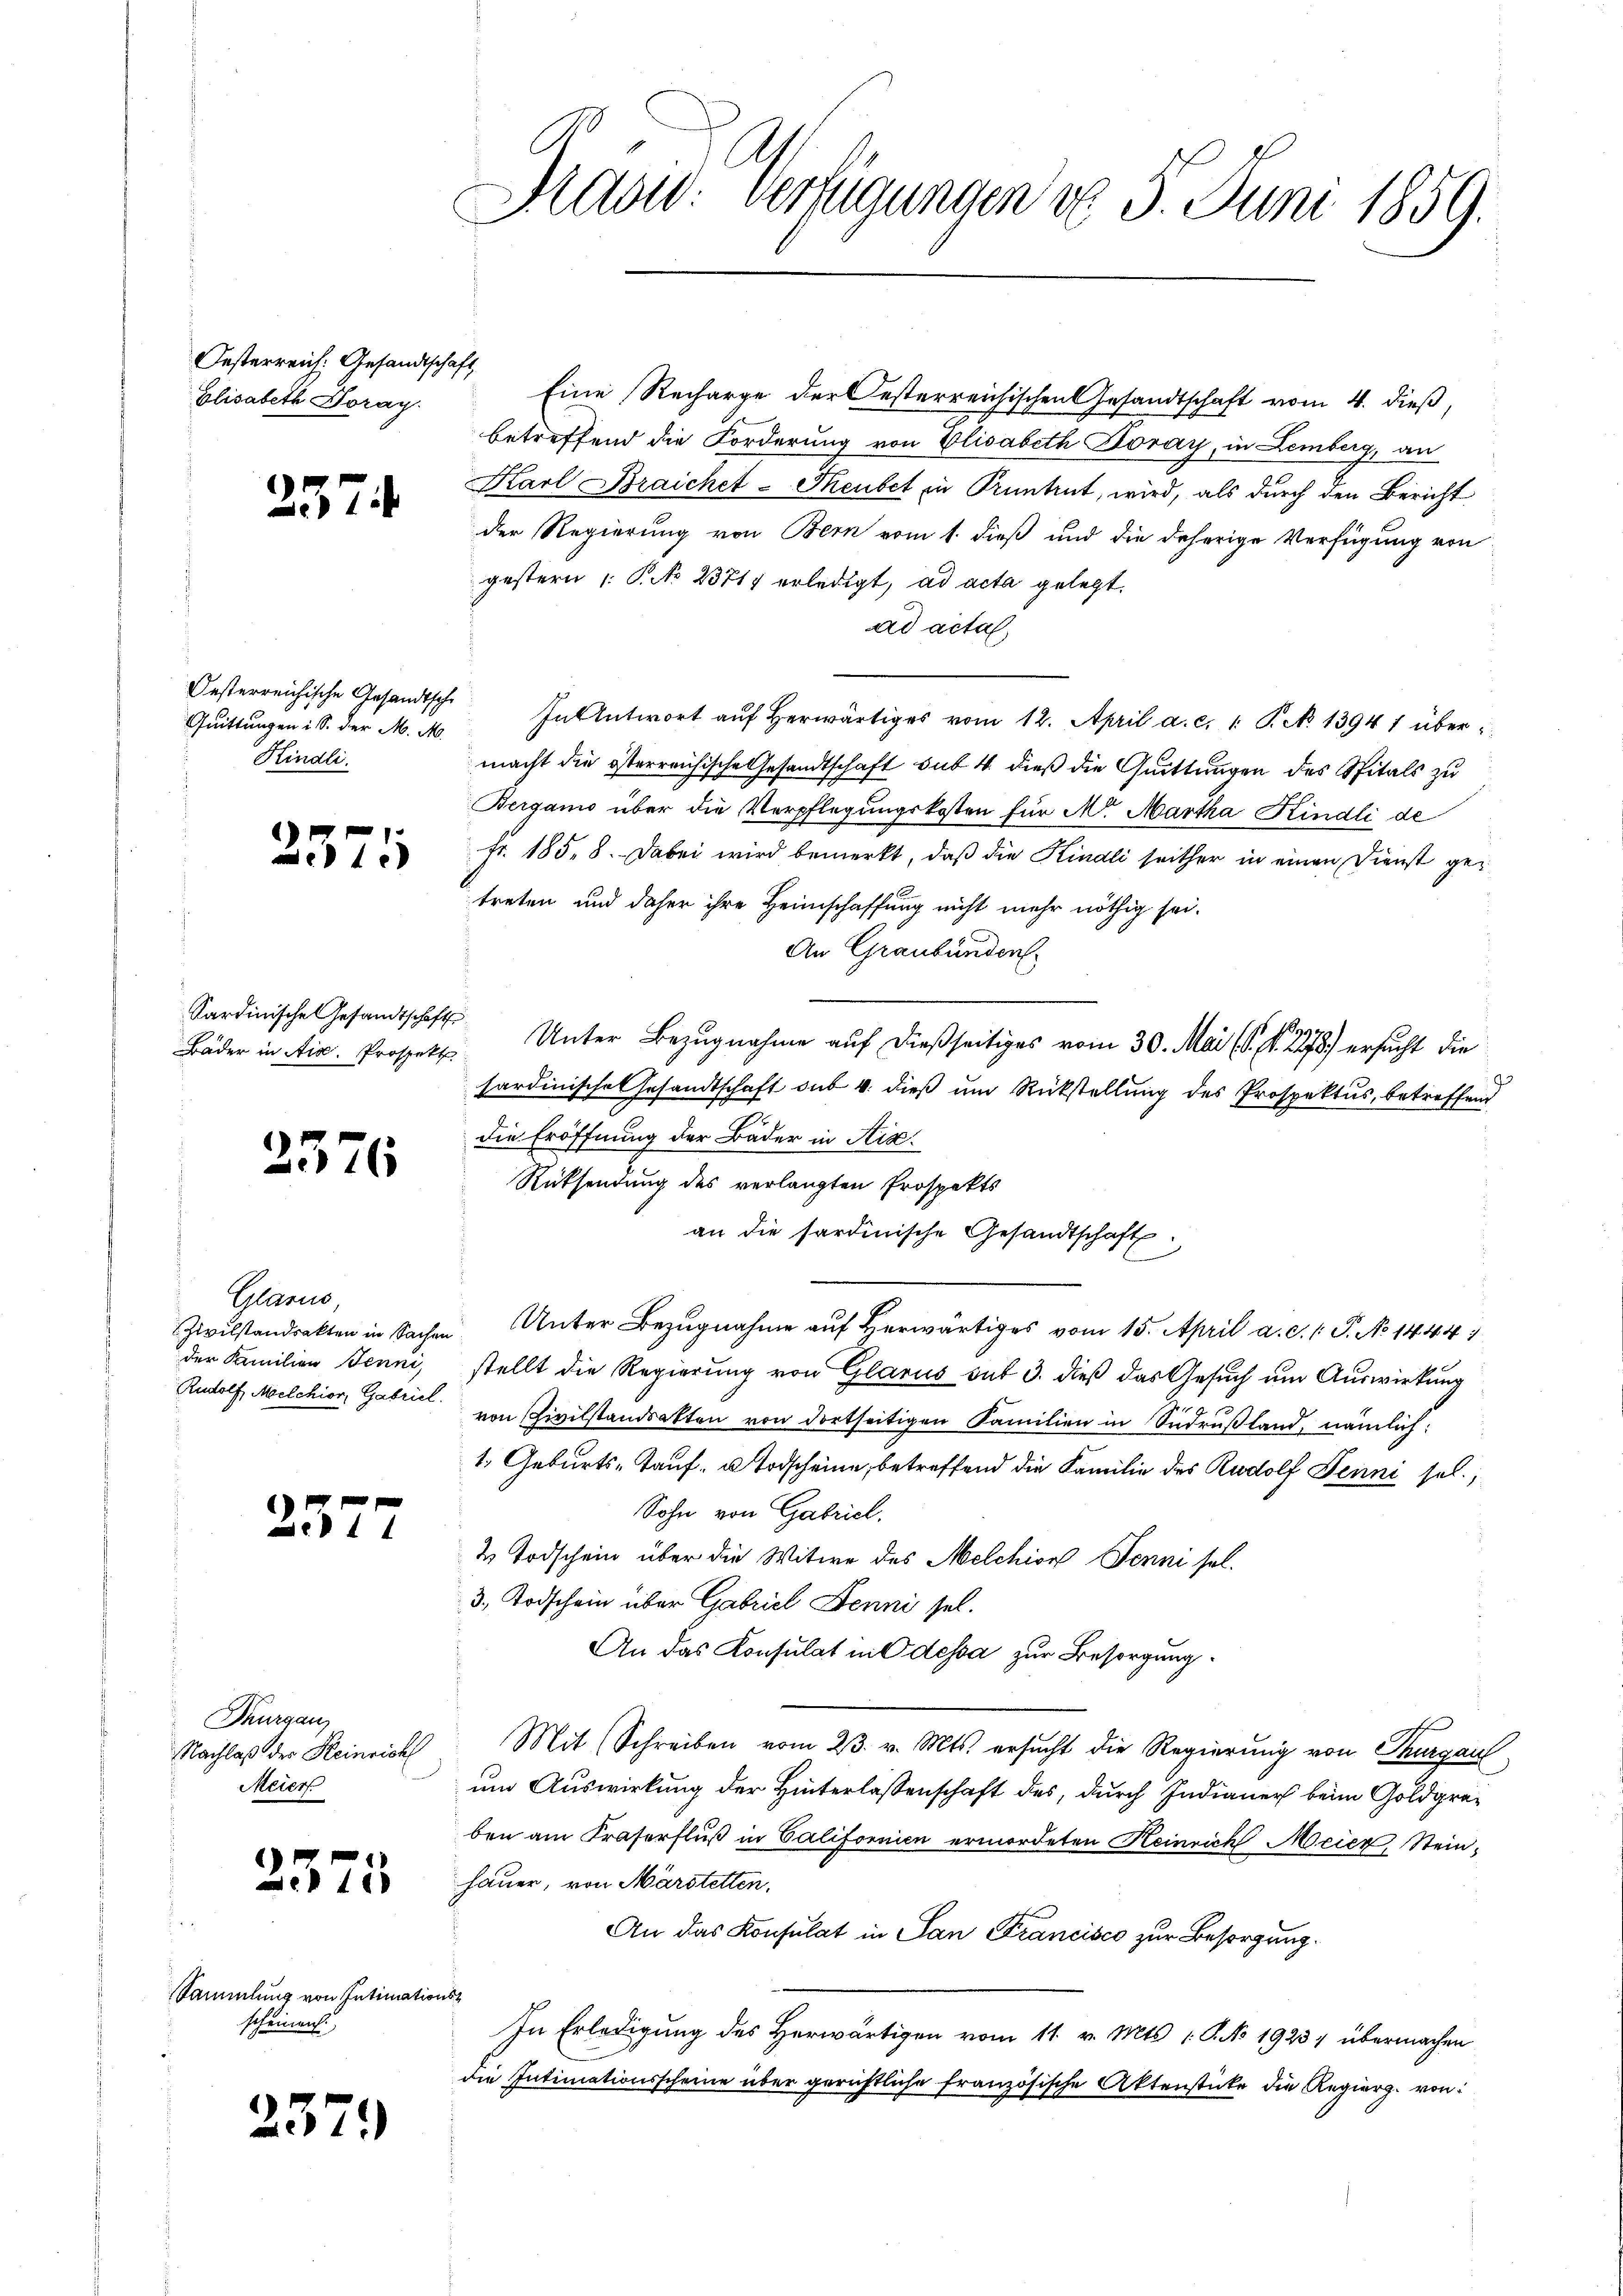
Oesterreich: Gesandtschaft
Elisabeth Horay.

257.

Quittungen i S. der M. M.
Kindli

)
1

Kardinische Gesandtschafts

2576

Glarus,
der Familien Jenni,
Rudolf, Melchior, Gabriel.

2577

Thurgau
Nachlaß der Heinricht
Meier

2373

Sammlung von Intimations-
scheinen.

237.

Präsid. Verfügungen d. 5. Juni 1859.

Eine Recharge der Oesterreichischen Gesandtschaft vom 4. dieß,
betreffend die Forderung von Elisabeth Boray, in Lemberg, an
Karl Braichet-Teubet in Pruntrut, wird, als durch den Bericht
der Regierung von Bern vom 1. dieß und die daherige Verfügung von
gestern 1: P. No 23717 erledigt, ad acta gelegt.
ad acta,
Oesterreichische Gesandtsch. In Antwort aŭf herwärtiges vom 12. April a. c. 1. P. No 13941 über
macht die österreichische Gesandtschaft sub. 4. dieß die Quittungen des Spitals zu
Bergamo über die Verpflegungskosten für Mr. Martha Kindli de
Fr. 185. 8. Dabei wird bemerkt, daß die Kindli seither in einen Dienst getreten und daher ihre Heimschaffung nicht mehr nöthig sei.
An Graubünden.
Bäder in Aix. Profess. Unter Bezugnahme auf dießseitiges vom 30. Mai (s. S. 278) ersucht die
sardinische Gesandtschaft sub 4. dieß um Rückstellung des Prospektus, betreffend
die Eröffnung der Bäder in Aix¬
Rücksendung des verlangten Prospekts
an die sardinische Gesandtschaft
Zivilstandsakten in Sachen Unter Bezŭgnahme aŭf herwärtiges vom 15. April a. c. 1 S. No 1444)
stellt die Regierung von Glarus sub 3. dieß das Gesuch um Auswirkung
u
von Civilstandsakten von dortseitigen Familien in Sudrußland, nämlich:
1. Geburts-Tauf- u Todscheine, betreffend die Familie des Rudolf Denni sel.
Sohn von Gabricl.
& Todschein über die Witwe des Melchion Jenni sel.
3, Todschein über Gabriel Benni sel.
An das Konsulat in Odessa zur Besorgung.
Mit Schreiben vom 23. v. Mts. ersucht die Regierung von Thurgau
um Auswirkung der Hinterlassenschaft des, durch Indianer beim Goldgreben am Praferfluß in Californien ermordeten Heinrich Meier Steinhauer, von Märstetten,
An das Konsulat in San Francisco zur Besorgung.
In Erledigung des Herwärtigen vom 11. v. Mts. 1. No 1923, übermachen
die Intimationsscheine über gerichtliche französische Aktenstücke die Regierg. von